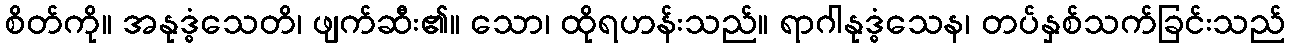
စိတ်ကို။ အနုဒ္ဓံသေတိ၊ ဖျက်ဆီး၏။ သော၊ ထိုရဟန်းသည်။ ရာဂါနုဒ္ဓံသေန၊ တပ်နှစ်သက်ခြင်းသည်